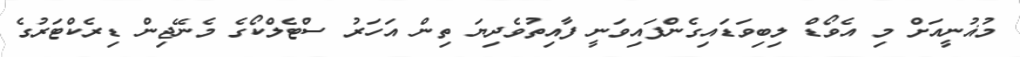
މުޣުނީއަށް މި އެވޯޑް ލިބިވަޑައިގެންފައިވަނީ ފާއިތުވެދިޔަ ތިން އަހަރު ސްޓެލްކޯގެ މެނޭޖިން ޑިރެކްޓަރުގެ